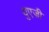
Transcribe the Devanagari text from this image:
युएज़ी